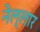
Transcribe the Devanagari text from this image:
नेल्‍लार